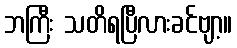
ဘကြီး သတိရပြီလားခင်ဗျာ့။